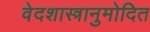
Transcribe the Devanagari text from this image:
वेदशास्त्रानुमोदित